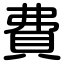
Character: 費